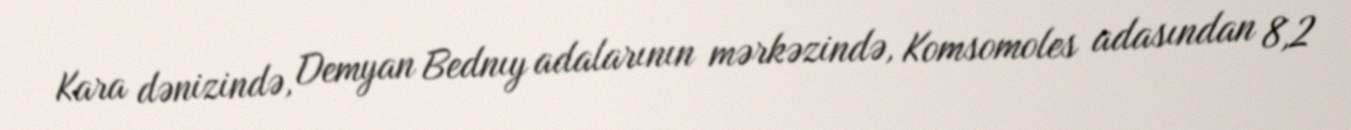
Kara dənizində, Demyan Bednıy adalarının mərkəzində, Komsomoles adasından 8,2